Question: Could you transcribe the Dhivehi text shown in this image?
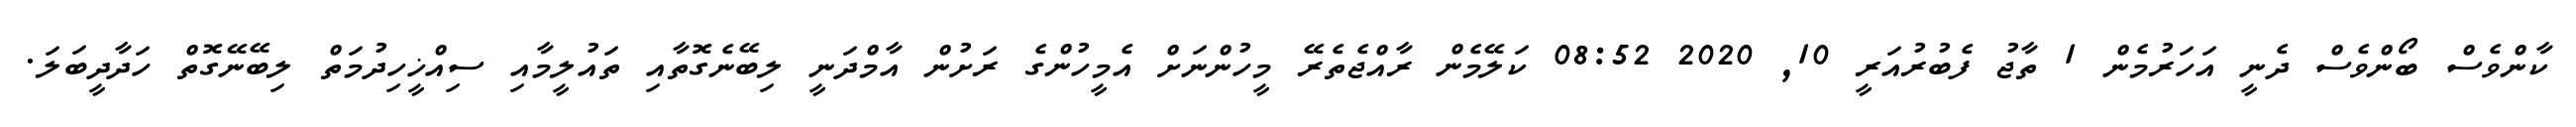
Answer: ކާންވެސް ބޯންވެސް ދެނީ އަހަރުމެން 1 ތާޖު ފެބުރުއަރީ 10, 2020 08:52 ކަލޭމެން ރާއްޖެތެރޭ މީހުންނަށް އެމީހުންގެ ރަށުން އާމްދަނީ ލިބޭނެގޮތާއި ތައުލީމާއި ސިއްޚީހިދުމަތް ލިބޭނޭގޮތް ހަދާދީބަލަ.